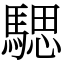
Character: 騦